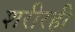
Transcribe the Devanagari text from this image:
शरीरही